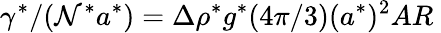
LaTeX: \gamma^{*}/(\mathcal{N}^{*}a^{*})=\Delta\rho^{*}g^{*}({4\pi}/{3})(a^{*})^{2}AR~